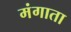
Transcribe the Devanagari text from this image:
मंगाता